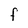
Character: F